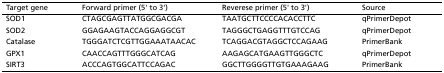
| Target gene | Forward primer (5' to 3') | Reverese primer (5' to 3') | Source |
 | --- | --- | --- | --- |
 | SOD1 | CTAGCGAGTTATGGCGACGA | TAATGCTTCCCCACACCTTC | qPrimerDepot |
 | SOD2 | GGAGAAGTACCAGGAGGCGT | TAGGGCTGAGGTTTGTCCAG | qPrimerDepot |
 | Catalase | TGGGATCTCGTTGGAAATAACAC | TCAGGACGTAGGCTCCAGAAG | PrimerBank |
 | GPX1 | CAACCAGTTTGGGCATCAG | AAGAGCATGAAGTTGGGCTC | qPrimerDepot |
 | SIRT3 | ACCCAGTGGCATTCCAGAC | GGCTTGGGGTTGTGAAAGAAG | PrimerBank |